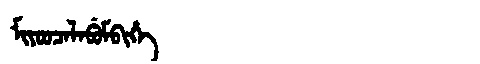
Manchu: ᠮᡳᠶᠣᠣᠴᠠᠯᠠᠪᡠᠮᠪᡳᡥᡝ
Romanization: MIYOOCALABUMBIHE